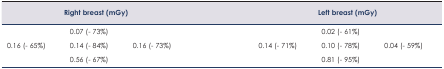
<table><thead><tr><td></td><td><b>Right breast (mGy)</b></td><td></td><td></td><td><b>Left breast (mGy)</b></td><td></td></tr></thead><tbody><tr><td></td><td>0.07 (− 73%)</td><td></td><td></td><td>0.02 (− 61%)</td><td></td></tr><tr><td>0.16 (− 65%)</td><td>0.14 (− 84%)</td><td>0.16 (− 73%)</td><td>0.14 (− 71%)</td><td>0.10 (− 78%)</td><td>0.04 (− 59%)</td></tr><tr><td></td><td>0.56 (− 67%)</td><td></td><td></td><td>0.81 (− 95%)</td><td></td></tr></tbody></table>